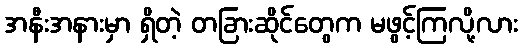
အနီးအနားမှာ ရှိတဲ့ တခြားဆိုင်တွေက မဖွင့်ကြလို့လား